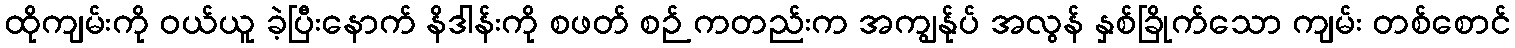
ထိုကျမ်းကို ဝယ်ယူ ခဲ့ပြီးနောက် နိဒါန်းကို စဖတ် စဉ် ကတည်းက အကျွန်ုပ် အလွန် နှစ်ခြိုက်သော ကျမ်း တစ်စောင်